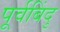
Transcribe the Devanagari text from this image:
पूर्वबिंदु